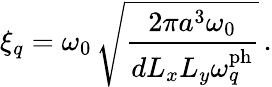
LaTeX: \xi_{q}=\omega_{0}\, \sqrt{\frac{2\pi a^{3}\omega_{0}}{dL_{x}L_{y}\omega_{q}^{\mathrm{ph}}}}\, .